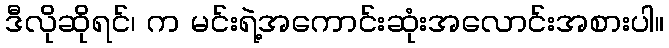
ဒီလိုဆိုရင်၊ က မင်းရဲ့အကောင်းဆုံးအလောင်းအစားပါ။